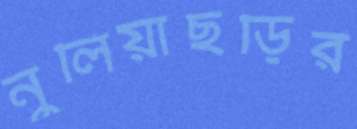
নুলিয়াছড়ির